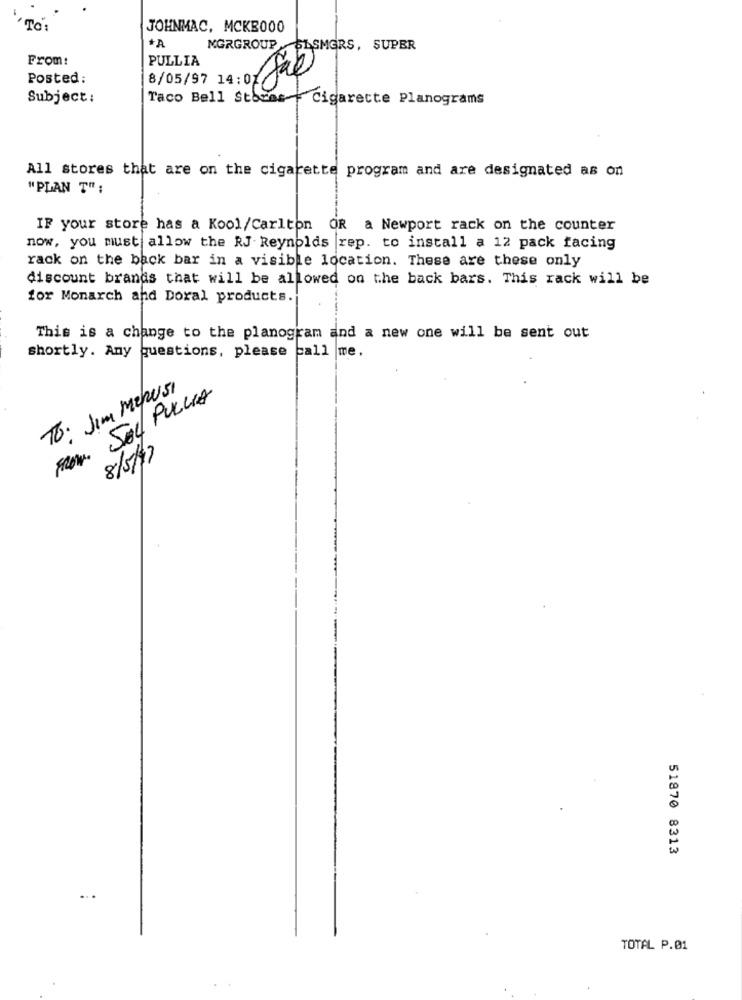
To:
JOHNMAC, MCKB000
+A
MGRGROUP
CASMERS, SUPER
From:
PULLIA
8/05/97 14:07 fac
Posted :
Subject :
Taco Bell Stores- Cigarette Planograms
All stores that are on the cigarette program and are designated as on
"PLAN T" :
IF your store has a Kool/Carlton OR a Newport rack on the counter
now, you must allow the RJ Reynolds rep. to install a 12 pack facing
rack on the back bar in a visible location. These are these only
discount brands that will be allowed on the back bars. This rack will be
for Monarch and Doral products.
This is a change to the planogram and a new one will be sent out
shortly. Any questions, please call me,
TO: Jim Menusi
FROM. SOL PULCIA
8/5/19
51870 8313
TOTAL P.01